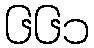
၆၆၁